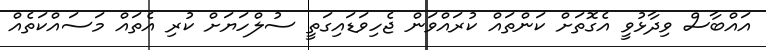
އައްބާސް ވިދާޅުވީ އެގޮތަށް ކަންތައް ކުރައްވަން ޖެހިވަޑައިގަތީ ސުލްހަޔަށް ކުރި އެތައް މަސައްކަތެއް